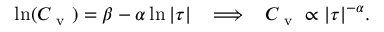
\ln ( C _ { \mathrm { ~ v ~ } } ) = \beta - \alpha \ln \vert \tau \vert \; \; \implies \; \; C _ { \mathrm { ~ v ~ } } \propto \vert \tau \vert ^ { - \alpha } .